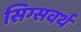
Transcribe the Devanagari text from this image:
सिग्सवर्थ